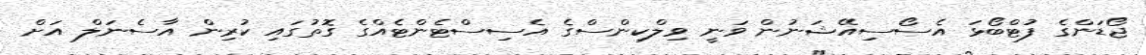
ޖޯޑަންގެ ފުޓްބޯޅަ އެސޯސިއޭޝަނުން ވަނީ ވިލްކިންސްގެ އެސިސްޓެންޓެއްގެ ގޮތުގައި ކުރިން އާސެނަލް އަަށް